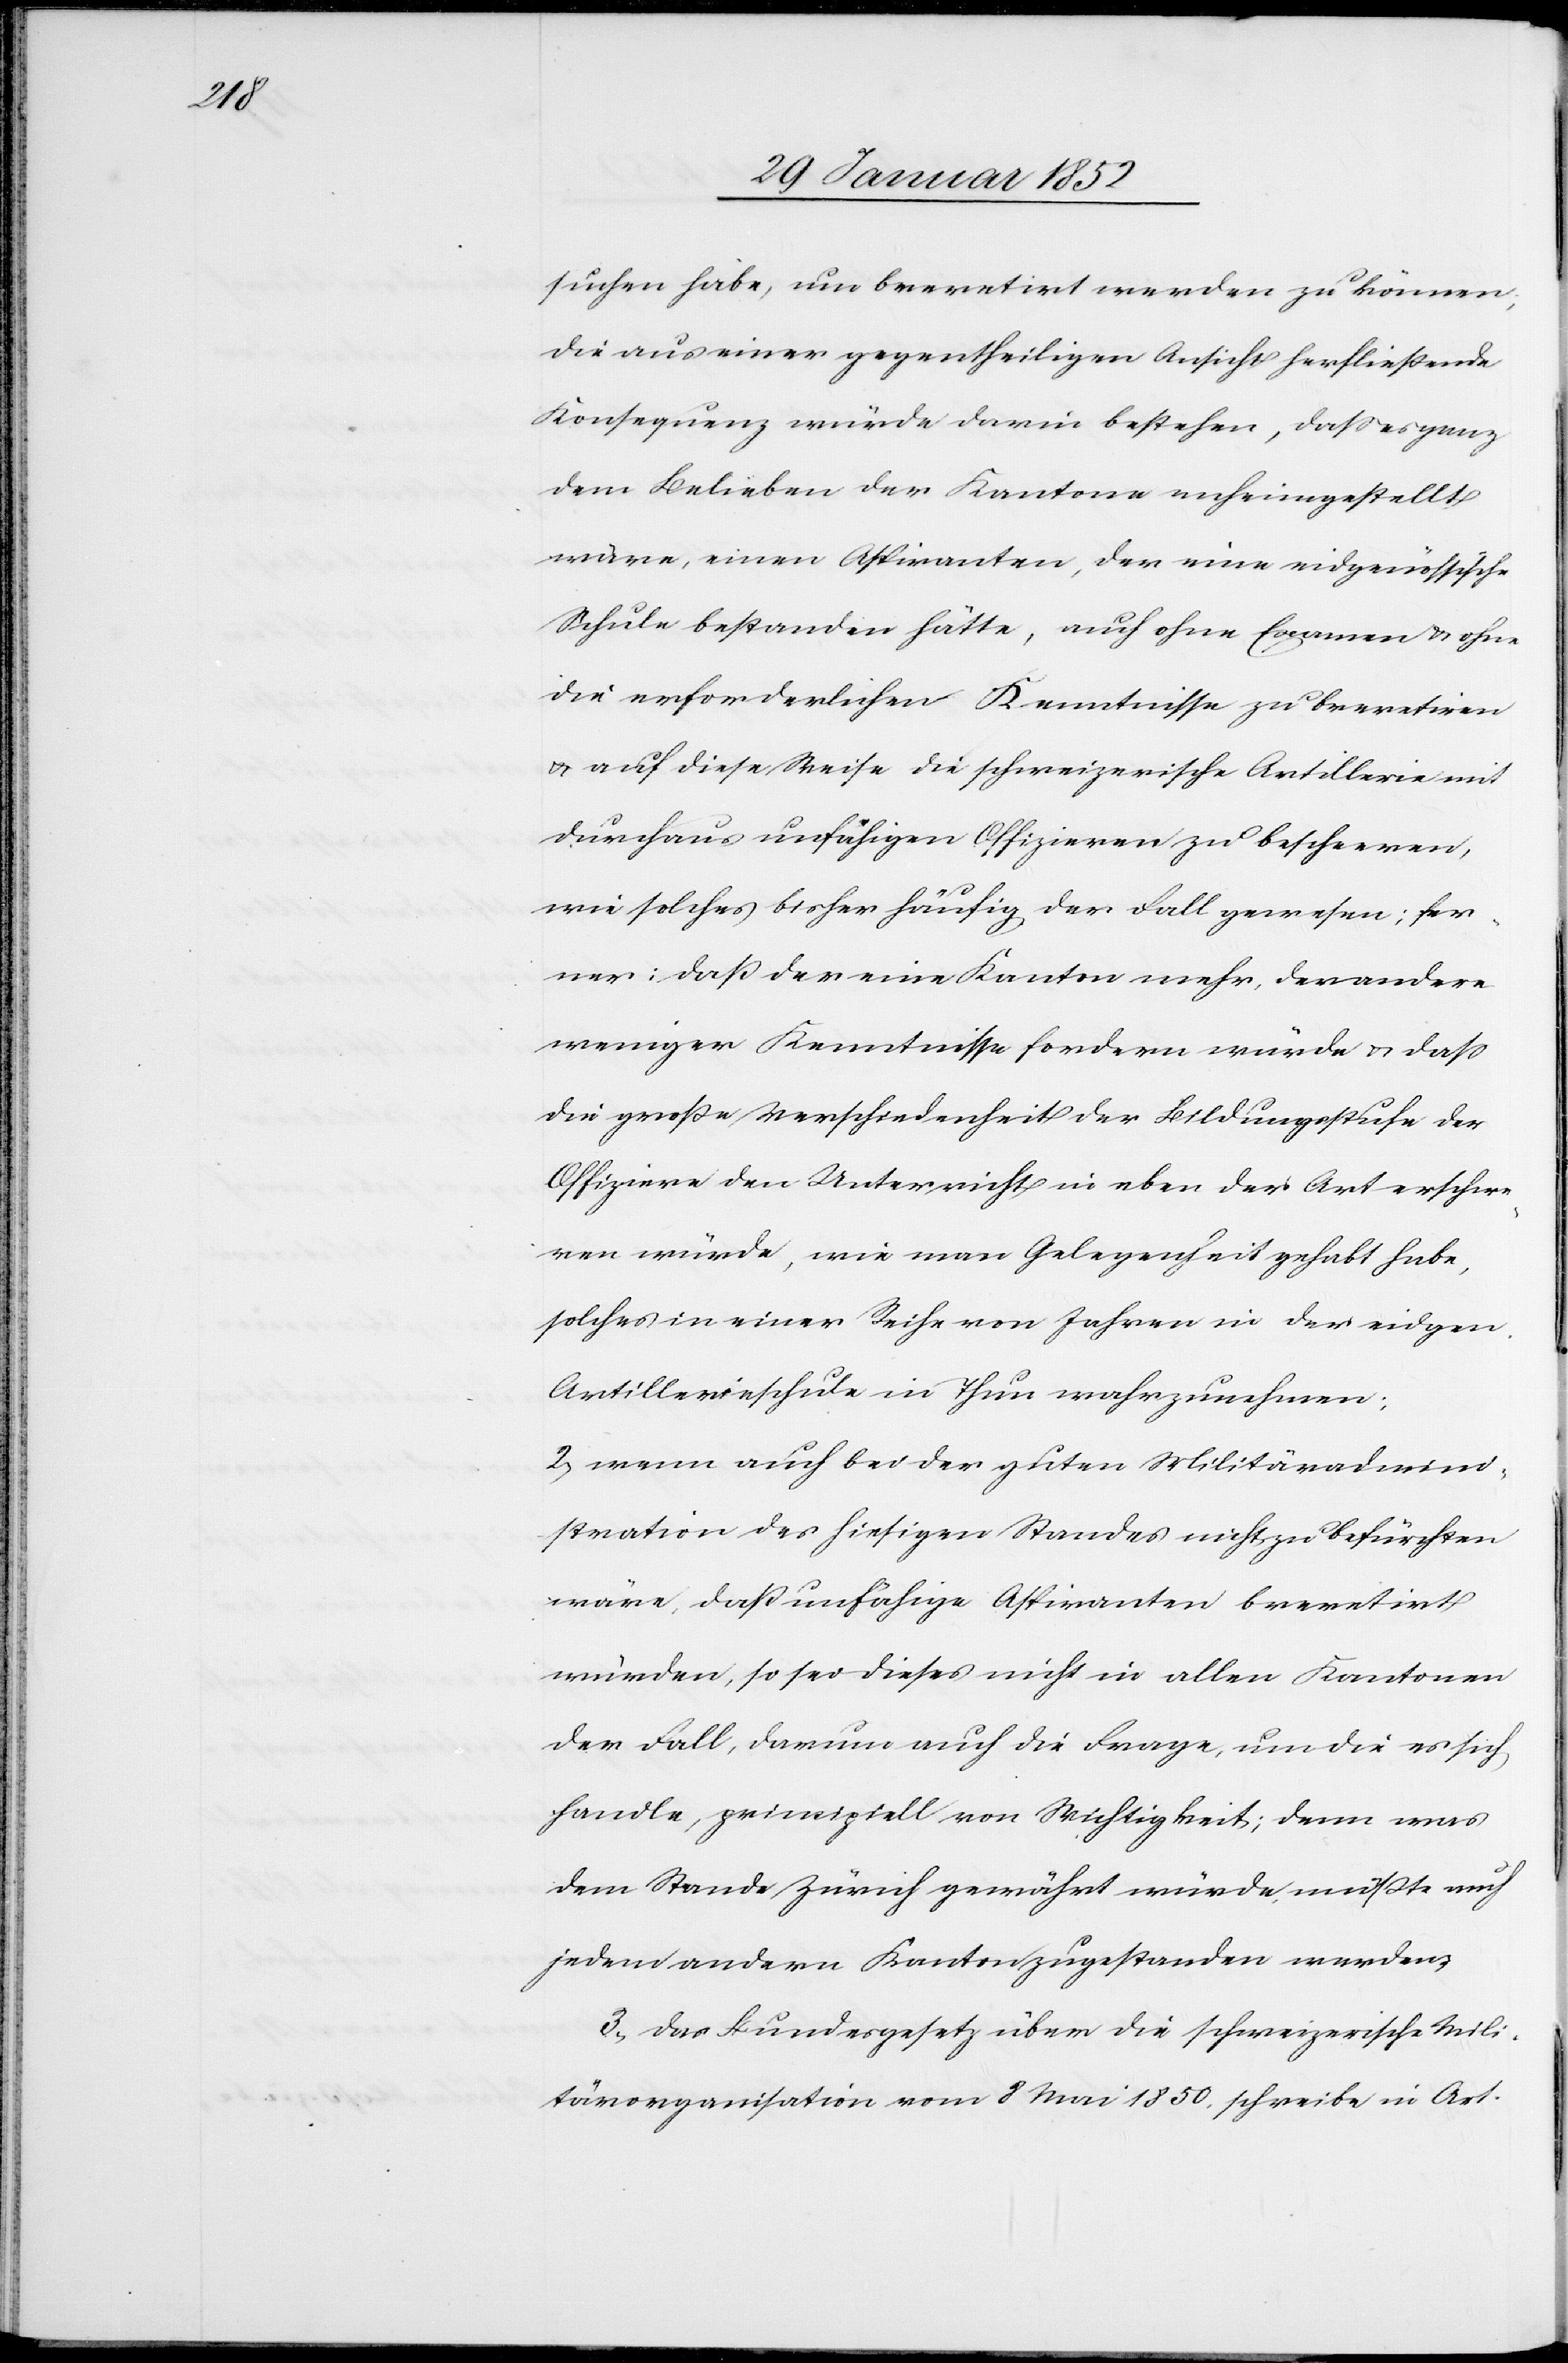
suchen habe, um brevetirt werden zu können,
die aus einer gegentheiligen Ansicht herschließende
Konsequenz würde darin bestehen, daß es ganz
dem Belieben der Kantone anheimgestellt
wäre, einen Aspiranten, der eine eidgenössische
Schule bestanden hätte, auch ohne Examen u. ohne
die erforderlichen Kenntnisse zu brevetiren
u. auf diese Weise die schweizerische Artillerie mit
durchaus unfähigen Offizieren zu bescheren,
wie solches bisher häufig der Fall gewesen; fer¬
ner: daß der eine Kanton mehr, der andere
weniger Kenntnisse fordern würde u. daß
die große Verschiedenheit der Bildungsstufe der
Offiziere den Unterricht in eben der Art erschwe¬
ren würde, wie man Gelegenheit gehabt habe,
solches in einer Reihe von Jahren in der eidgen.
Artillerieschule in Thun wahrzunehmen.
2) wenn auch bei der guten Militäradmini¬
stration des hiesigen Standes nicht zu befürchten
wäre, daß unfähige Aspiranten brevetirt
würden, so sei dieses nicht in allen Kantonen
der Fall, darum auch die Frage, um die es sich
handle, principiell von Wichtigkeit; denn was
dem Stande Zürich gewährt würde, müßte auch
jedem andern Kanton zugestanden werden.
3.) das Bundesgesetz über die schweizerische Mili¬
tärorganisation vom 8 Mai 1850. schreibe in Art